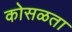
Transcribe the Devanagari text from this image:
कोसळता